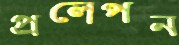
প্রলেপন